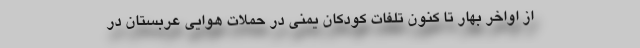
از اواخر بهار تا کنون تلفات کودکان یمنی در حملات هوایی عربستان در